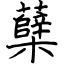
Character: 蘖